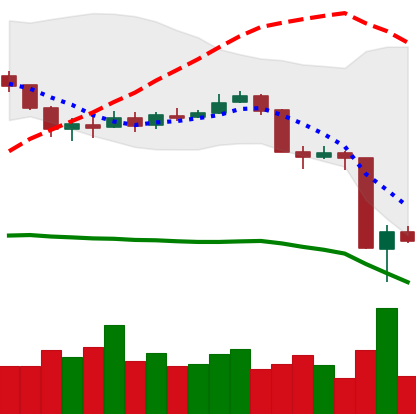
Ticker: BNB-USD
Chart end date: 2020-03-14
Forward return: 21.096%
Label: up_7plus